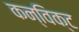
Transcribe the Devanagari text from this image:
कन्विक्ट